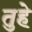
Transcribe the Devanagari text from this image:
तुहे